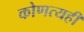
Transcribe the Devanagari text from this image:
कोणत्यही